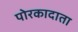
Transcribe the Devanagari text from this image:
पोरकादाता